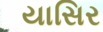
યાસિર